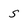
Character: s